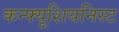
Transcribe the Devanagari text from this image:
कन्फ्यूशियनिस्ट